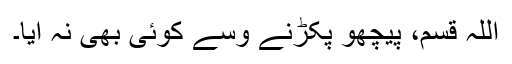
اللہ قسم، پیچھو پکڑنے وِسے کوئی بھی نہ آیا۔